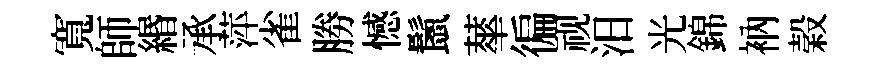
寬師緡承萍雀勝憾鬛蕐徧视汨光錦衲榖